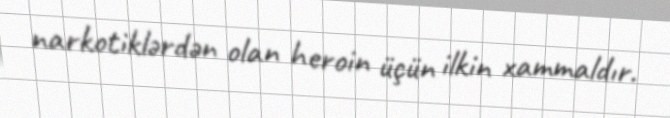
narkotiklərdən olan heroin üçün ilkin xammaldır.